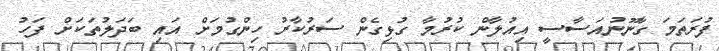
ފުރަތަމަ ގާނޫނުއަސާސީ އިއުލާން ކުރުމާ ގުޅިގެން ސަރުކާރު ހިންގުމަށް އައި ބަދަލުތަކަށް ފަހު